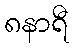
၈နာရီ